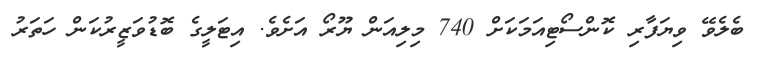
ބެލެވޭ ވިޔަފާރި ކޮންސޯޓިއަމަކަށް 740 މިލިއަން ޔޫރޯ އަށެވެ. އިޓަލީގެ ބޮޑުވަޒީރުކަން ހަތަރު